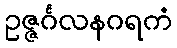
ဥဇ္ဇင်္ဂလနဂရကံ